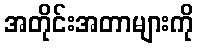
အတိုင်းအတာများကို